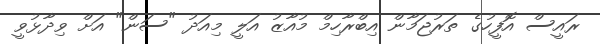
ރައީސް އޮފީހުގެ ތަރުޖަމާން އިބްރާހިމް މުއާޒު އަލީ މިއަދު "ސަން" އަށް ވިދާޅުވީ